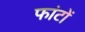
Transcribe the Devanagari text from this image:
फांटों